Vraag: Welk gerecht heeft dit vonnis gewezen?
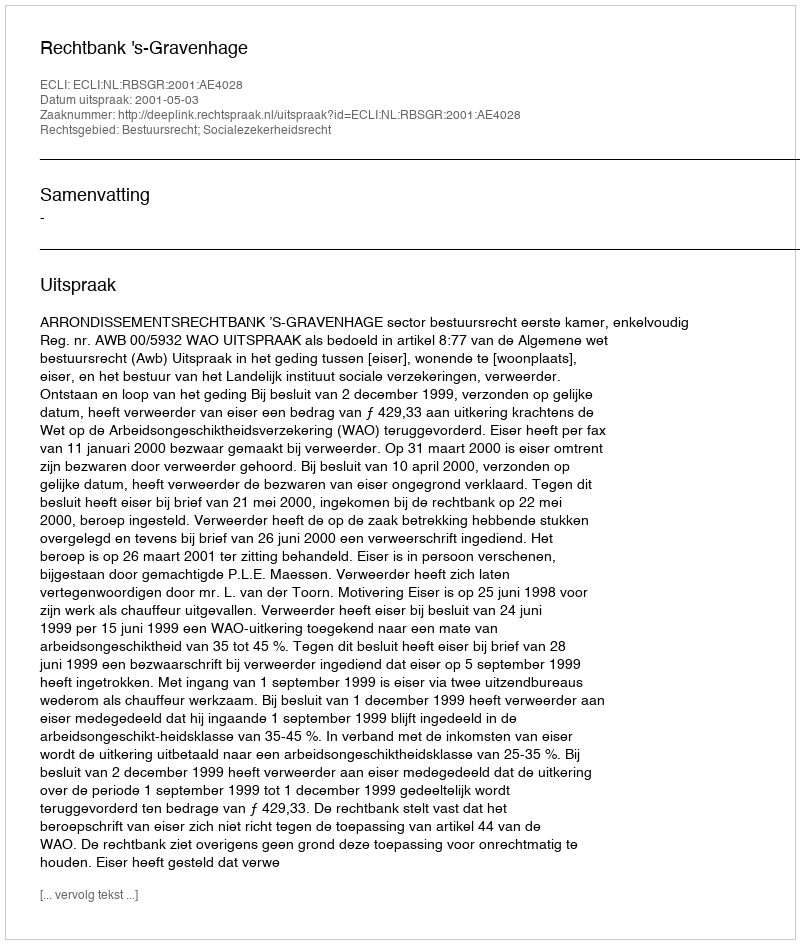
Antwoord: Rechtbank 's-Gravenhage